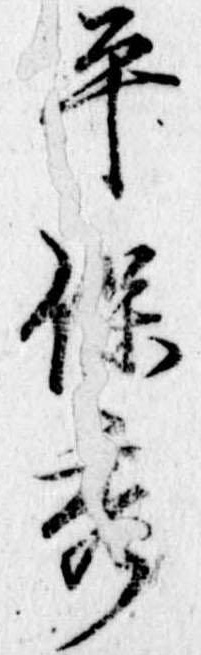
平保秀